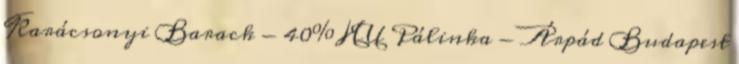
Karácsonyi Barack - 40% HU Pálinka - Árpád Budapest